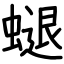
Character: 螁